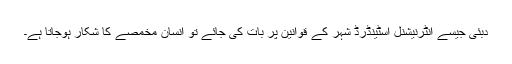
دبئی جیسے انٹرنیشنل اسٹینڈرڈ شہر کے قوانین پر بات کی جائے تو انسان مخمصے کا شکار ہوجاتا ہے۔